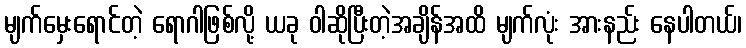
မျက်မှေးရောင်တဲ့ ရောဂါဖြစ်လို့ ယခု ဝါဆိုပြီးတဲ့အချိန်အထိ မျက်လုံး အားနည်း နေပါတယ်၊